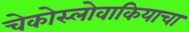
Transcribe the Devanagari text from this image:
चेकोस्लोवाकियाचा